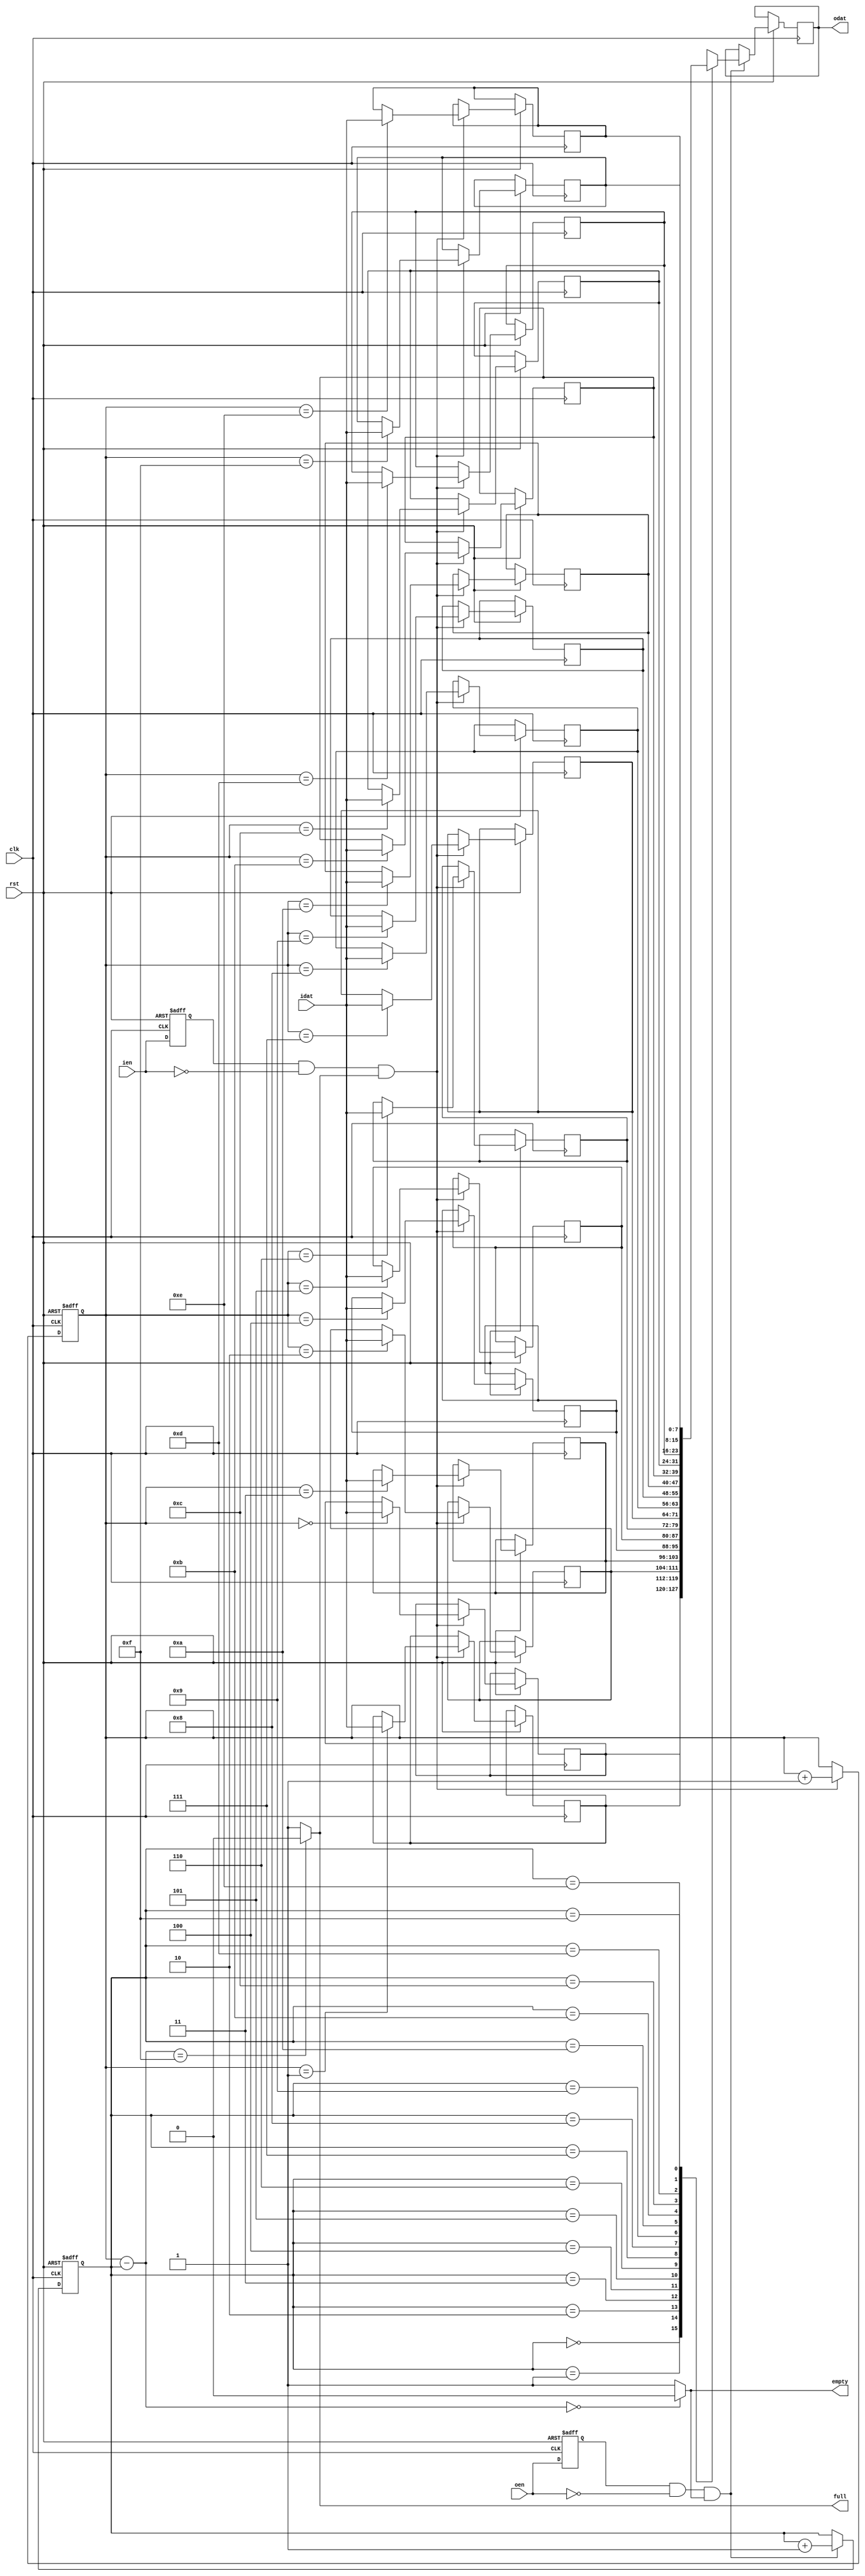

module fifo8x15(
	input rst,
	input clk,
	input ien,
	input oen,
	input [7:0] idat,
	output [7:0] odat,
	output full,
	output empty
	);
	parameter true = 1'b0, false = 1'b1;
	reg [7:0] mem [0:15];
	reg [3:0] wraddr = {4{1'b0}};
	reg [3:0] rdaddr = {4{1'b0}};
	wire [3:0] datnum = wraddr - rdaddr;
	assign empty = datnum == {4{1'b0}} ? true : false;
	assign full  = datnum == {4{1'b1}} ? true : false;
	reg [7:0] odatq;
	assign odat = odatq;
	reg ienbuf = 1'b0, oenbuf = 1'b0;
	wire negedge_ien = ienbuf & ~ien;
	wire negedge_oen = oenbuf & ~oen;
	always @ (posedge clk or negedge rst) begin 
		if(rst == 1'b0) begin //reset
			ienbuf <= 1'b0;
			oenbuf <= 1'b0;
			end
		else begin //buffer
			ienbuf <= ien;
			oenbuf <= oen;
			end
		end
	always @ (posedge clk or negedge rst) begin
		if(rst == 1'b0) begin //reset
			wraddr <= {4{1'b0}};
			rdaddr <= {4{1'b0}};
			end
		else begin
			if(negedge_ien && full == false) begin //push
				mem[wraddr] <= idat;
				wraddr <= wraddr + 1'b1;
				end
			if(negedge_oen && empty == false) begin //pop
				odatq <= mem[rdaddr];
				rdaddr <= rdaddr + 1'b1;
				end
			end
		end
endmodule